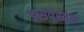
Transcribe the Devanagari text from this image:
इसपुस्तक